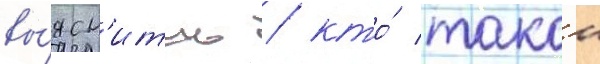
вы́ясн'ить / кто́ такои